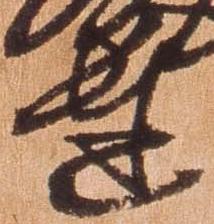
達